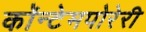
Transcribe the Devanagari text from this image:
कॉन्टेमपोरेरी